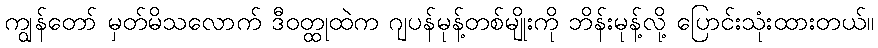
ကျွန်တော် မှတ်မိသလောက် ဒီဝတ္ထုထဲက ဂျပန်မုန့်တစ်မျိုးကို ဘိန်းမုန့်လို့ ပြောင်းသုံးထားတယ်။